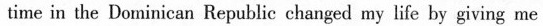
time in the Dninicao Republic changed my life by giving me